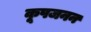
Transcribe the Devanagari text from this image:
कूपजनन